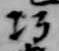
巧